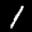
Label: 1